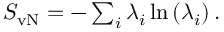
\begin{array} { r } { S _ { \mathrm { v N } } = - \sum _ { i } \lambda _ { i } \ln \left( \lambda _ { i } \right) . } \end{array}